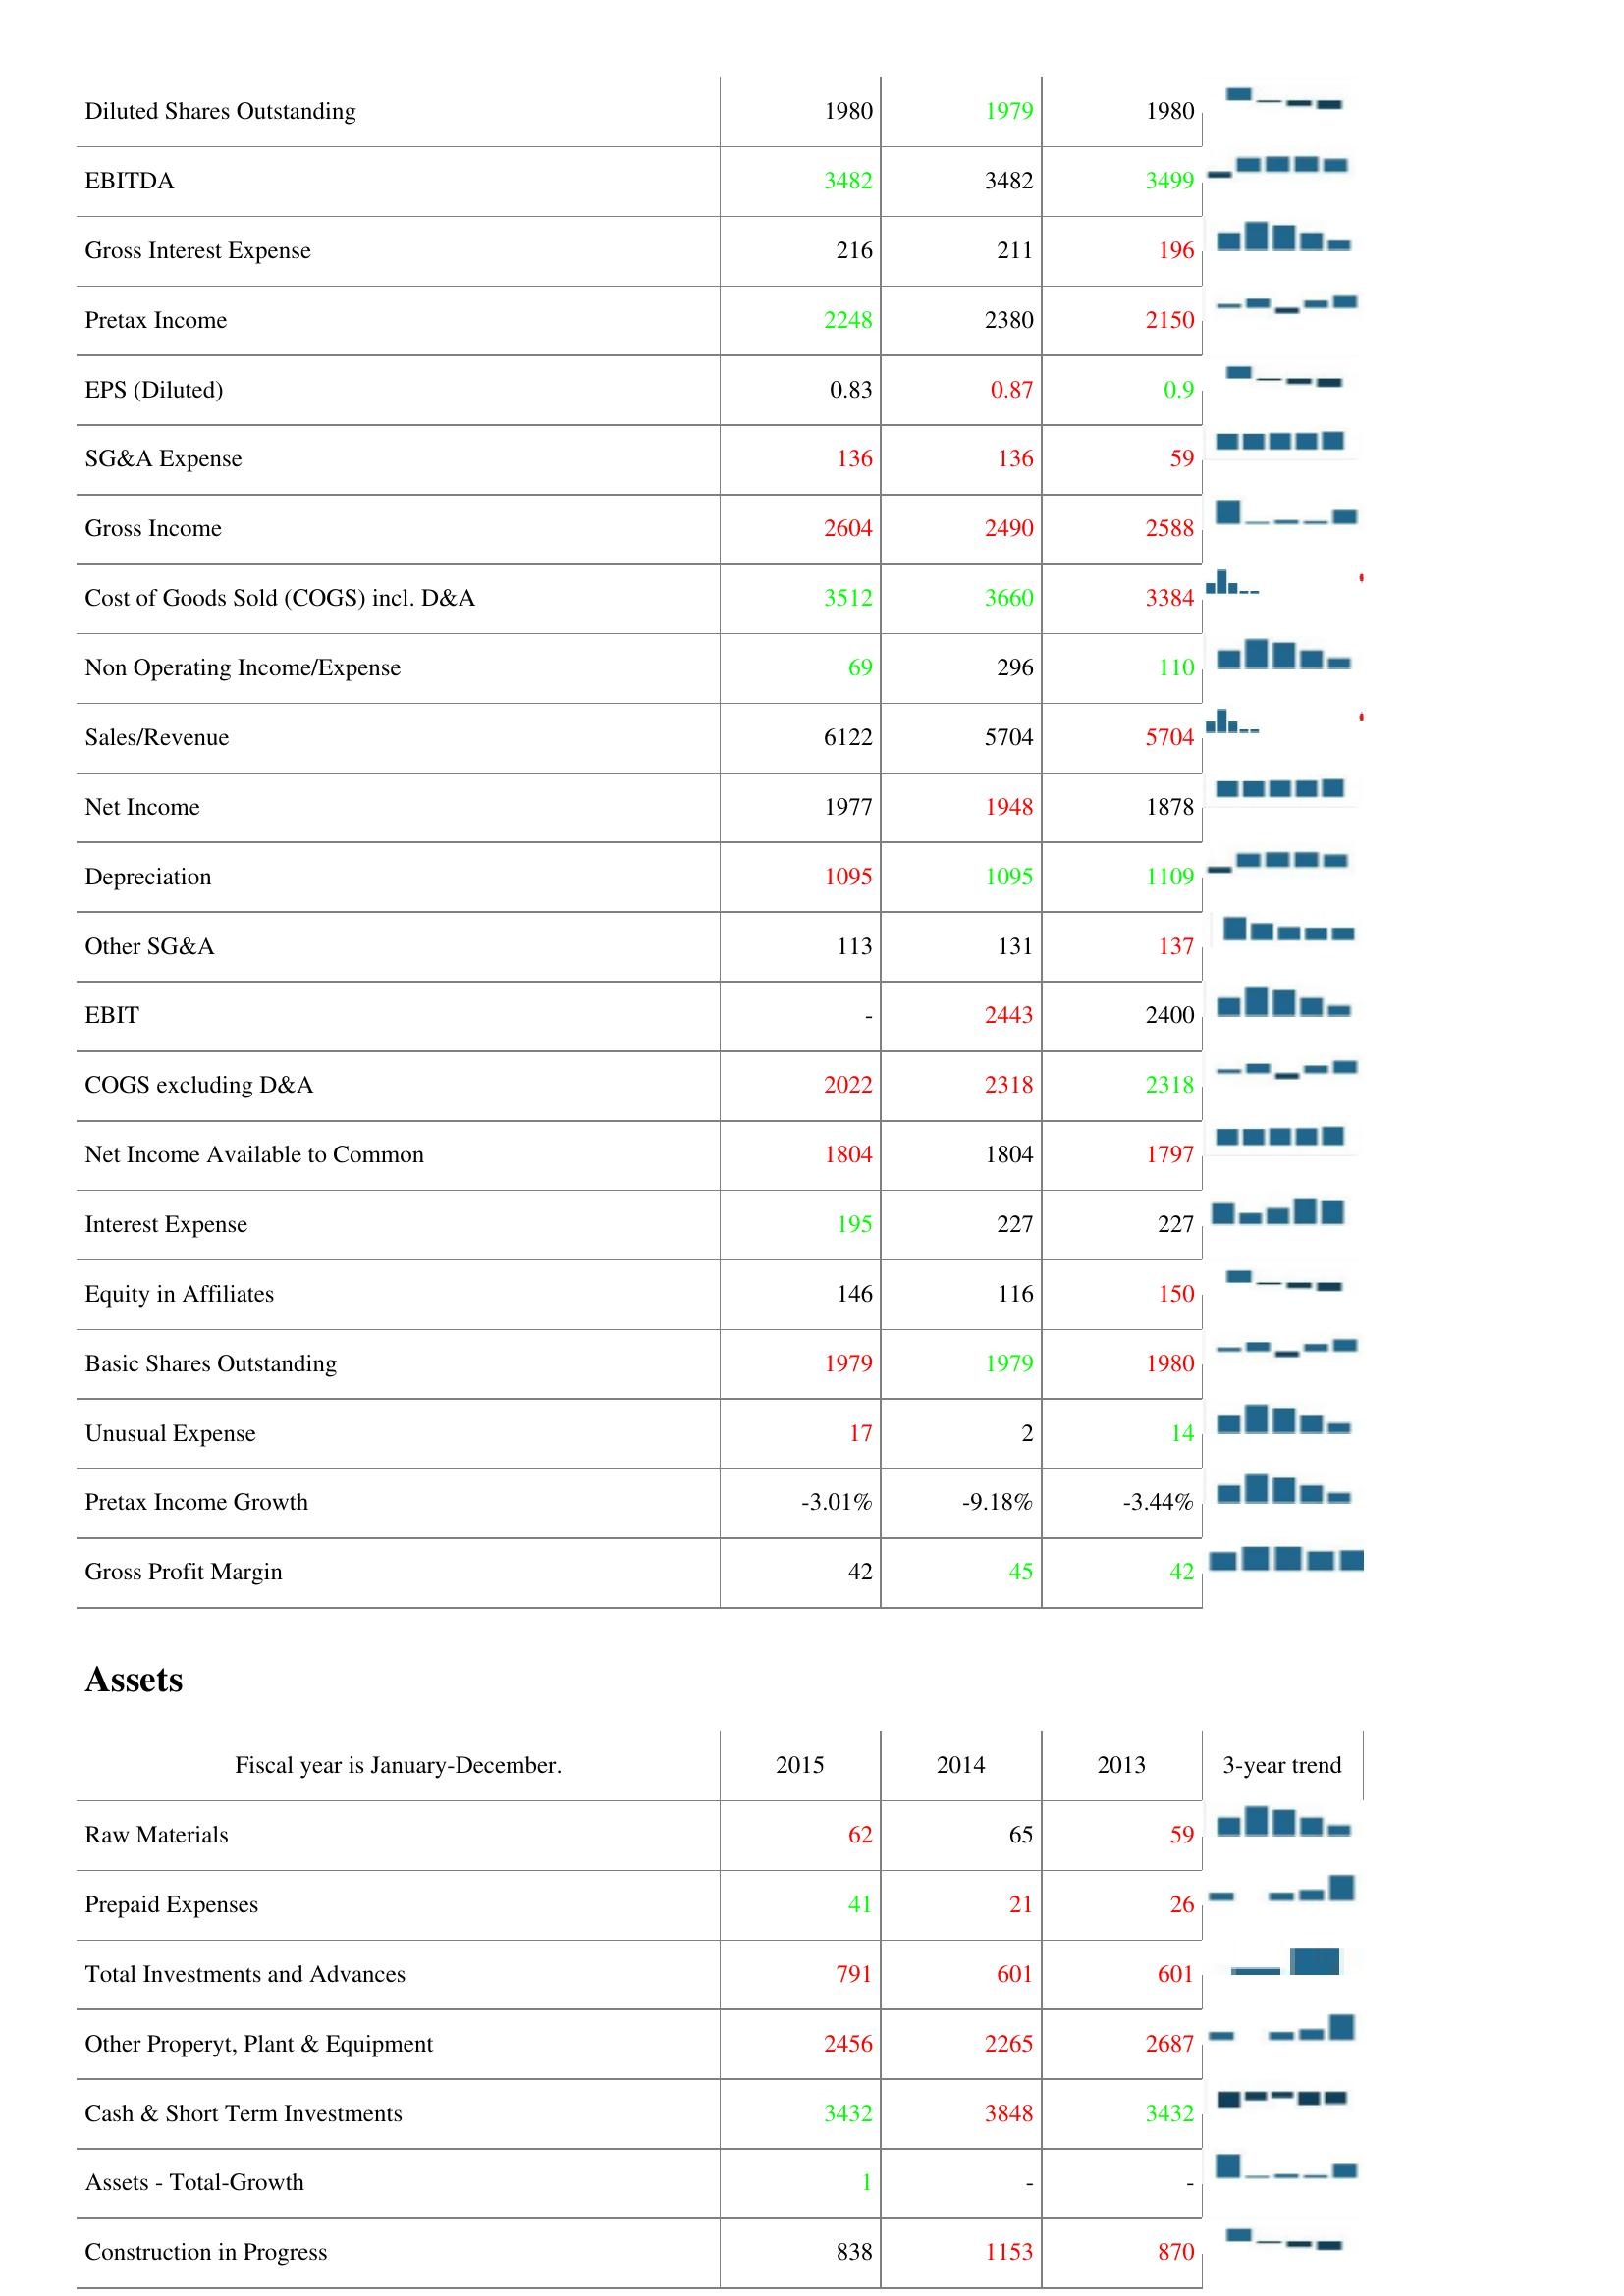
2015: : Diluted Shares Outstanding: 1980
EBITDA: 3482
Gross Interest Expense: 216
Pretax Income: 2248
EPS (Diluted): 0.83
SG&A Expense: 136
Gross Income: 2604
Cost of Goods Sold (COGS) incl. D&A: 3512
Non Operating Income/Expense: 69
Sales/Revenue: 6122
Net Income: 1977
Depreciation: 1095
Other SG&A: 113
EBIT: -
COGS excluding D&A: 2022
Net Income Available to Common: 1804
Interest Expense: 195
Equity in Affiliates: 146
Basic Shares Outstanding: 1979
Unusual Expense: 17
Pretax Income Growth: -3.01%
Gross Profit Margin: 42
Assets: Raw Materials: 62
Prepaid Expenses: 41
Total Investments and Advances: 791
Other Properyt, Plant & Equipment: 2456
Cash & Short Term Investments: 3432
Assets - Total-Growth: 1
Construction in Progress: 838
2014: : Diluted Shares Outstanding: 1979
EBITDA: 3482
Gross Interest Expense: 211
Pretax Income: 2380
EPS (Diluted): 0.87
SG&A Expense: 136
Gross Income: 2490
Cost of Goods Sold (COGS) incl. D&A: 3660
Non Operating Income/Expense: 296
Sales/Revenue: 5704
Net Income: 1948
Depreciation: 1095
Other SG&A: 131
EBIT: 2443
COGS excluding D&A: 2318
Net Income Available to Common: 1804
Interest Expense: 227
Equity in Affiliates: 116
Basic Shares Outstanding: 1979
Unusual Expense: 2
Pretax Income Growth: -9.18%
Gross Profit Margin: 45
Assets: Raw Materials: 65
Prepaid Expenses: 21
Total Investments and Advances: 601
Other Properyt, Plant & Equipment: 2265
Cash & Short Term Investments: 3848
Assets - Total-Growth: -
Construction in Progress: 1153
2013: : Diluted Shares Outstanding: 1980
EBITDA: 3499
Gross Interest Expense: 196
Pretax Income: 2150
EPS (Diluted): 0.9
SG&A Expense: 59
Gross Income: 2588
Cost of Goods Sold (COGS) incl. D&A: 3384
Non Operating Income/Expense: 110
Sales/Revenue: 5704
Net Income: 1878
Depreciation: 1109
Other SG&A: 137
EBIT: 2400
COGS excluding D&A: 2318
Net Income Available to Common: 1797
Interest Expense: 227
Equity in Affiliates: 150
Basic Shares Outstanding: 1980
Unusual Expense: 14
Pretax Income Growth: -3.44%
Gross Profit Margin: 42
Assets: Raw Materials: 59
Prepaid Expenses: 26
Total Investments and Advances: 601
Other Properyt, Plant & Equipment: 2687
Cash & Short Term Investments: 3432
Assets - Total-Growth: -
Construction in Progress: 870